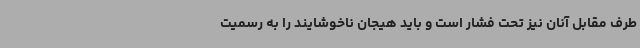
طرف مقابل آنان نیز تحت فشار است و باید هیجان ناخوشایند را به رسمیت